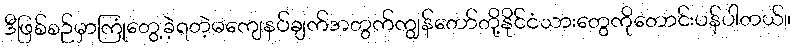
ဒီဖြစ်စဉ်မှာကြုံတွေ့ခဲ့ရတဲ့မကျေနပ်ချက်အတွက်ကျွန်တော်တို့နိုင်ငံသားတွေကိုတောင်းပန်ပါတယ်။